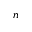
n